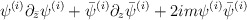
\begin{align*}\psi^{(i)} \partial_{\bar z} \psi^{(i)} + \bar{\psi}^{(i)} \partial_{z} \bar{\psi}^{(i)} + 2im \psi^{(i)}\bar{\psi}^{(i)}\end{align*}